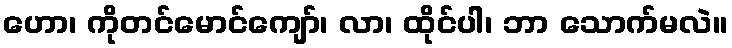
ဟော၊ ကိုတင်မောင်ကျော်၊ လာ၊ ထိုင်ပါ၊ ဘာ သောက်မလဲ။